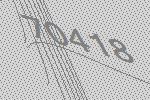
70418